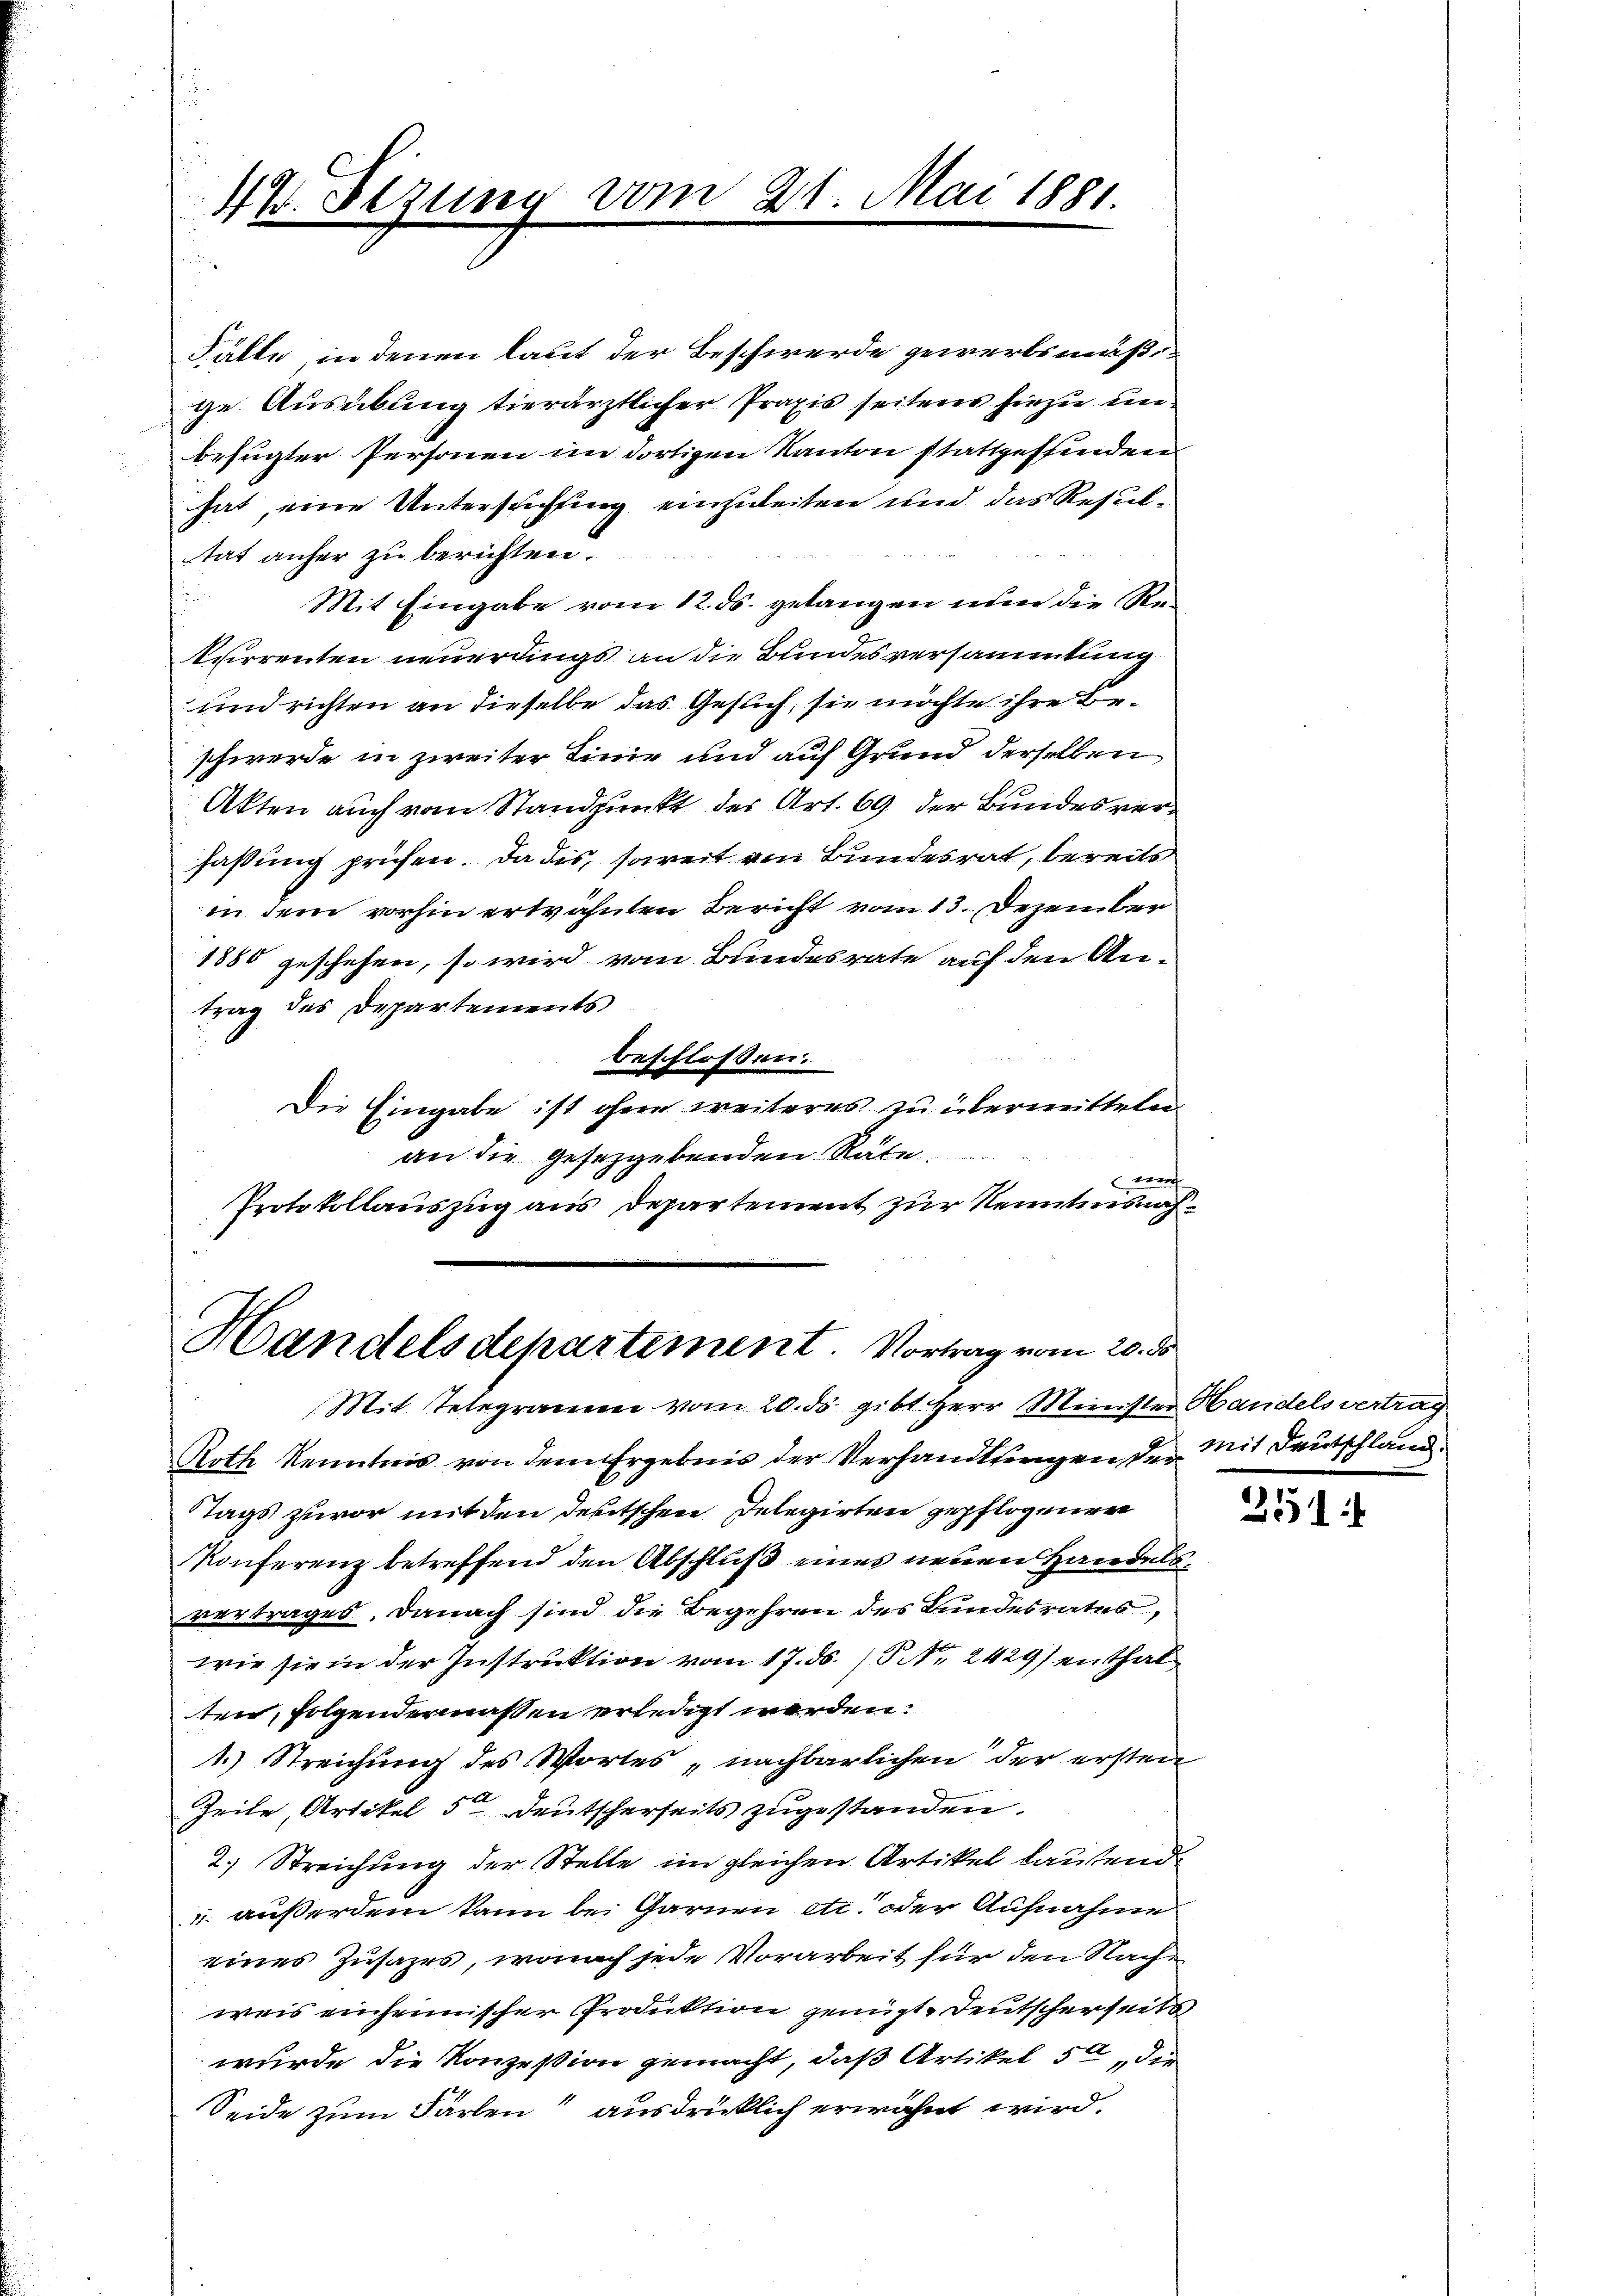
Fälle, in denen laut der Beschwerde gewerbsmäßge Ausübung tierärztlicher Praxis seitens hiezu unbefugter Personen im dortigen Kanton stattgeffinden
hat, eine Untersuchung einzuleiten und das Resultat anher zu berichten.

Mit Eingabe vom 12. ds. gelangen nur die Rekurrenten neuerdings an die Bundesversammlung
und richten an dieselbe das Gesuch, sie möchte ihre Beschwerde in zweiter Linie und auf Grund derselben
Akten auch von Standpunkt der Art. 69 der Bundesverfaßung prüfen. Da dis, soweit von Bundesrat, bereits
in dem vorhin erwähnten Bericht vom 13. Dezember
1880 geschehen, so wird vom Bundesrate auf den An-
trag des Departements
beschlossen:
Die Eingabe ist ohne weiteres zu übermitteln
an die gesetzgebenden Rate
wer
Protokollauszug aus Departement zur Kenntnisnah¬

4% Stzung vom 21. Mai 1881.

Handelsdepartement. Vortrag vom 20. ds
Mit Telegramm vom 20. ds. gibt Herr Meinster Handelsvertrag

Roth Kenntnis von dem Ergebnis der Verhandlungen der mit Deutschland.
Tags zuvor mit den deutschen Delegirten gepflogener
Konferenz betreffend den Abschluß eines neuen Handelsvertrages. Danach sind die Begehren des Bundesrates,
wie sie in der Instruktion vom 17. ds. / NNo. 2429) enthal
ten, folgendermassen erledigt werden.
1.) Streichung des Wortes „nachbarlichen der ersten
Zeite, Artikel 5 Deutscherseits zugestanden.
2.) Streichung der Stelle im gleichen Artikel lautend
 außerdem kann bei Garnen etc. oder Aufnahme
eines Zusatzes, wonach jede Vorarbeit für den Nachweis einheimischer Produktion genügt. Deutscherseits
wurde die Konzession gemacht, daß Artikel 5 die
Seide zum Färben“ ausdrücklich erwähnt wird.

351:1